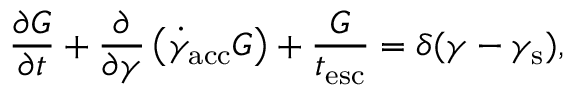
\frac { \partial G } { \partial t } + \frac { \partial } { \partial \gamma } \left( \dot { \gamma } _ { \mathrm { a c c } } G \right) + \frac { G } { t _ { \mathrm { e s c } } } = \delta ( \gamma - \gamma _ { \mathrm { s } } ) ,